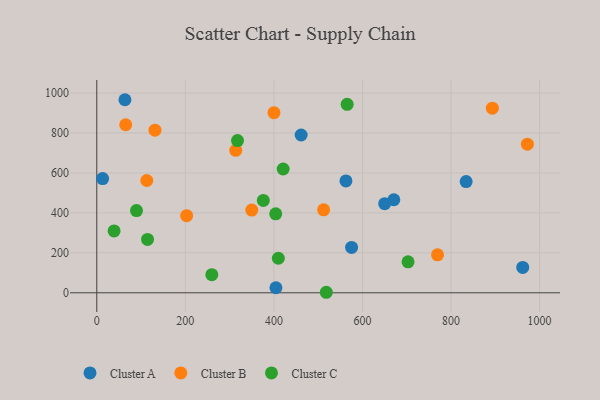
{"axis": {"x": "Distance", "y": "Sales"}, "legend": ["Cluster A", "Cluster B", "Cluster C"], "data": [{"x": "834.1", "y": 557.0, "type": "Cluster A"}, {"x": "575.4", "y": 227.1, "type": "Cluster A"}, {"x": "461.5", "y": 790.1, "type": "Cluster A"}, {"x": "562.7", "y": 560.0, "type": "Cluster A"}, {"x": "63.6", "y": 966.8, "type": "Cluster A"}, {"x": "650.2", "y": 446.2, "type": "Cluster A"}, {"x": "404.6", "y": 25.2, "type": "Cluster A"}, {"x": "13.2", "y": 571.9, "type": "Cluster A"}, {"x": "670.8", "y": 465.8, "type": "Cluster A"}, {"x": "961.9", "y": 126.9, "type": "Cluster A"}, {"x": "202.9", "y": 386.2, "type": "Cluster B"}, {"x": "131.4", "y": 814.4, "type": "Cluster B"}, {"x": "972.4", "y": 744.2, "type": "Cluster B"}, {"x": "512.3", "y": 415.3, "type": "Cluster B"}, {"x": "400.1", "y": 901.9, "type": "Cluster B"}, {"x": "893.3", "y": 924.3, "type": "Cluster B"}, {"x": "65.3", "y": 841.5, "type": "Cluster B"}, {"x": "350.0", "y": 414.2, "type": "Cluster B"}, {"x": "313.8", "y": 713.3, "type": "Cluster B"}, {"x": "112.9", "y": 562.4, "type": "Cluster B"}, {"x": "769.5", "y": 189.9, "type": "Cluster B"}, {"x": "702.9", "y": 155.1, "type": "Cluster C"}, {"x": "89.7", "y": 411.9, "type": "Cluster C"}, {"x": "420.9", "y": 619.8, "type": "Cluster C"}, {"x": "376.1", "y": 462.7, "type": "Cluster C"}, {"x": "404.1", "y": 395.3, "type": "Cluster C"}, {"x": "410.0", "y": 172.9, "type": "Cluster C"}, {"x": "39.1", "y": 309.6, "type": "Cluster C"}, {"x": "114.6", "y": 267.1, "type": "Cluster C"}, {"x": "317.8", "y": 762.3, "type": "Cluster C"}, {"x": "259.8", "y": 90.9, "type": "Cluster C"}, {"x": "565.4", "y": 943.7, "type": "Cluster C"}, {"x": "518.3", "y": 2.6, "type": "Cluster C"}]}